Annual vaccination report of Bihar and Orissa - 1911-1928
Year: 1911
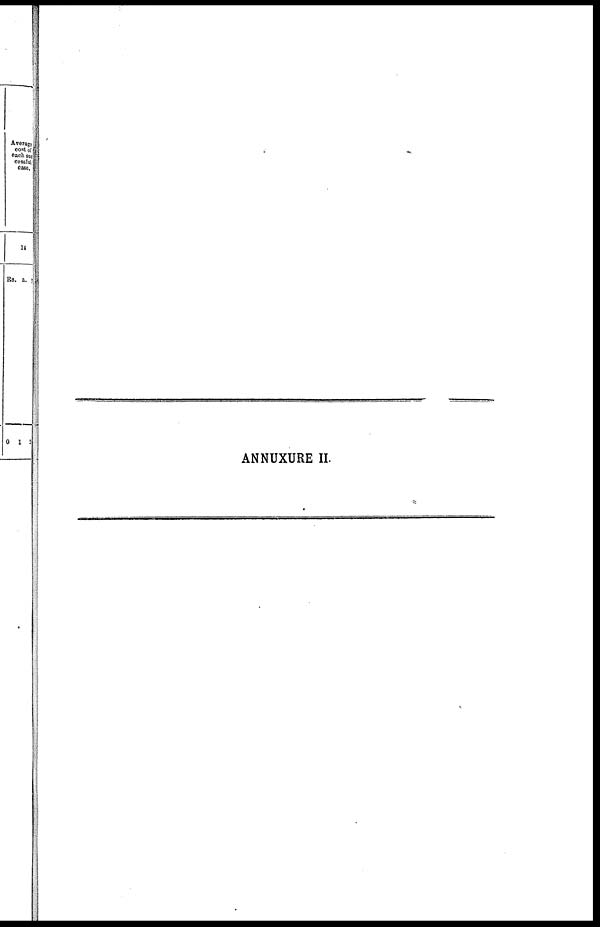
ANNUXURE II.